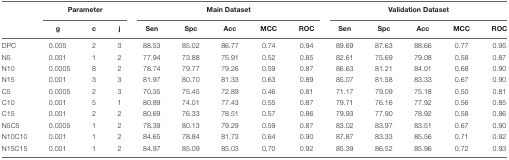
|  | <COLSPAN=3> Parameter | <COLSPAN=5> Main Dataset | <COLSPAN=5> Validation Dataset |
 |  | g | c | j | Sen | Spc | Acc | MCC | ROC | Sen | Spc | Acc | MCC | ROC |
 | --- | --- | --- | --- | --- | --- | --- | --- | --- | --- | --- | --- | --- | --- |
 | DPC | 0.005 | 2 | 3 | 88.53 | 85.02 | 86.77 | 0.74 | 0.94 | 89.69 | 87.63 | 88.66 | 0.77 | 0.95 |
 | N5 | 0.001 | 1 | 2 | 77.94 | 73.88 | 75.91 | 0.52 | 0.85 | 82.61 | 75.69 | 79.08 | 0.58 | 0.87 |
 | N10 | 0.0005 | 8 | 2 | 78.74 | 79.77 | 79.26 | 0.59 | 0.87 | 86.63 | 81.21 | 84.01 | 0.68 | 0.90 |
 | N15 | 0.001 | 3 | 3 | 81.97 | 80.70 | 81.33 | 0.63 | 0.89 | 85.07 | 81.58 | 83.33 | 0.67 | 0.90 |
 | C5 | 0.0005 | 2 | 3 | 70.35 | 75.45 | 72.89 | 0.46 | 0.81 | 71.17 | 79.09 | 75.18 | 0.50 | 0.81 |
 | C10 | 0.001 | 5 | 1 | 80.89 | 74.01 | 77.43 | 0.55 | 0.87 | 79.71 | 76.16 | 77.92 | 0.56 | 0.85 |
 | C15 | 0.001 | 2 | 2 | 80.69 | 76.33 | 78.51 | 0.57 | 0.86 | 79.93 | 77.90 | 78.92 | 0.58 | 0.86 |
 | N5C5 | 0.0005 | 1 | 2 | 78.39 | 80.13 | 79.29 | 0.59 | 0.87 | 83.02 | 83.97 | 83.51 | 0.67 | 0.90 |
 | N10C10 | 0.001 | 1 | 2 | 84.65 | 78.84 | 81.73 | 0.64 | 0.90 | 87.87 | 83.33 | 85.56 | 0.71 | 0.92 |
 | N15C15 | 0.001 | 1 | 2 | 84.97 | 85.09 | 85.03 | 0.70 | 0.92 | 85.39 | 86.52 | 85.96 | 0.72 | 0.93 |